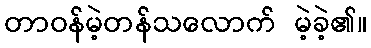
တာဝန်မဲ့တန်သလောက် မဲ့ခဲ့၏။